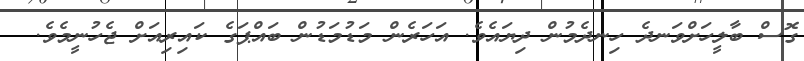
ގޮސް ބާލީހަށްވަނދެ ހިނދެމުން ދިޔައެވެ. އަހަރެން މަޑުމަޑުން ބައްޕަގެ ކައިރިއަށް ޖެހުނީމެވެ.